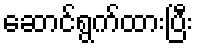
ဆောင်ရွက်ထားပြီး